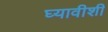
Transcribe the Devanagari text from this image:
घ्यावीशी